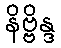
နိဗ္ဗိန္ဒ